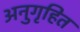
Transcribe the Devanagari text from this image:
अनुगृहित